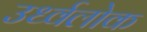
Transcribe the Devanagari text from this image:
उर्ध्वलोक